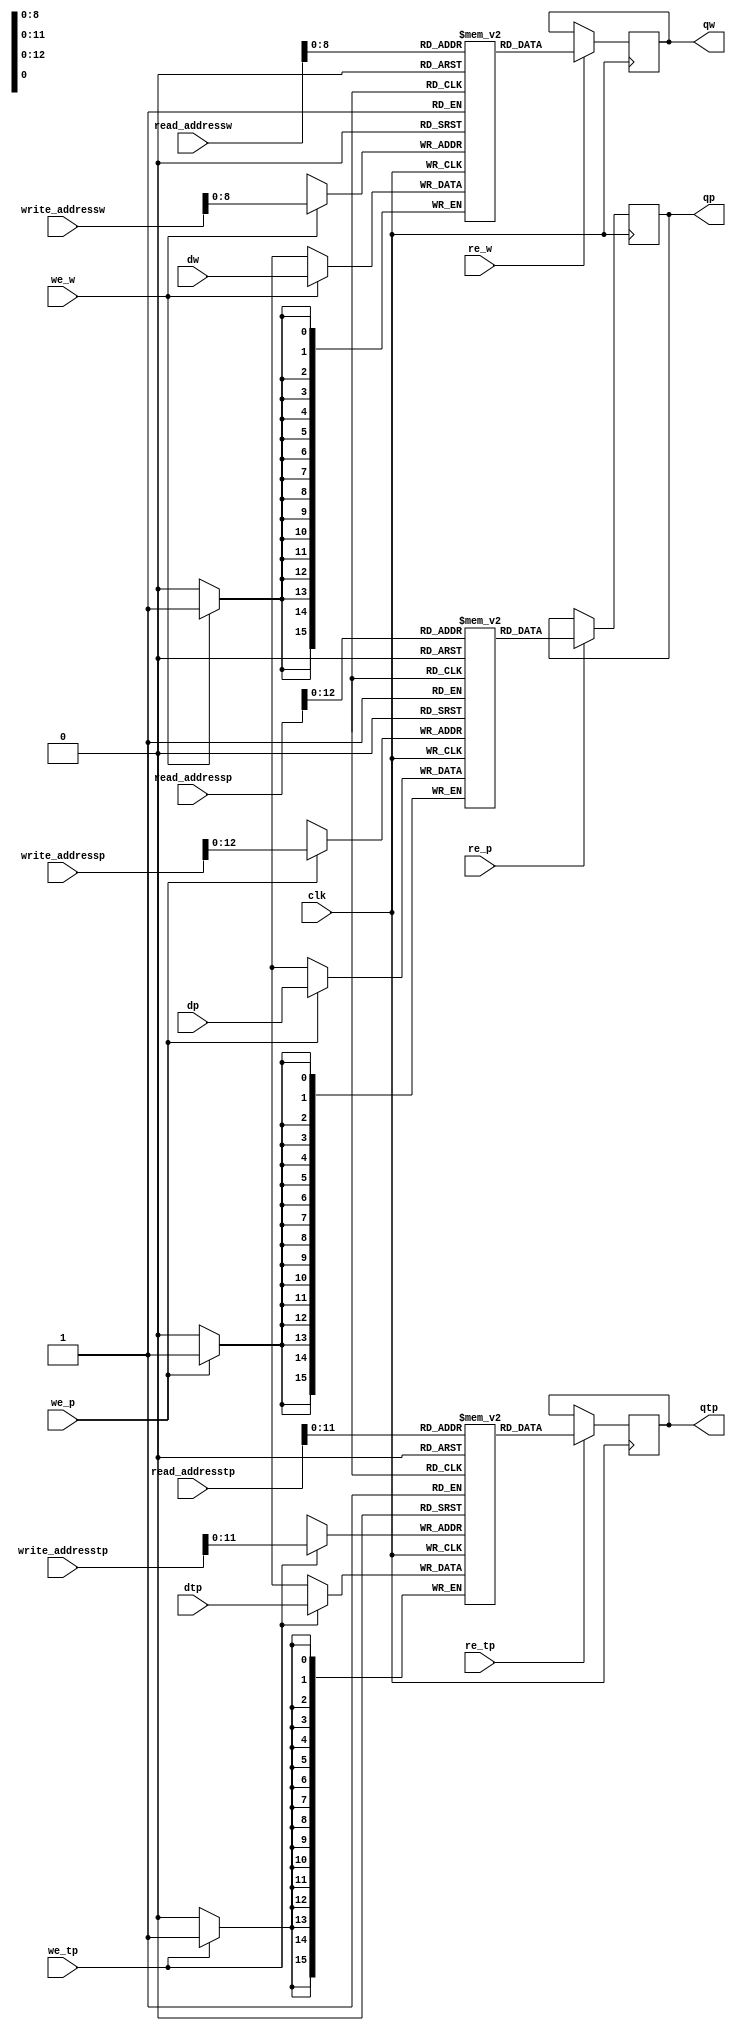
module RAM(qp,qtp,qw,dp,dtp,dw,write_addressp,read_addressp,write_addresstp
,read_addresstp,write_addressw,read_addressw,we_p,we_tp,we_w,re_p,re_tp,re_w,clk);
parameter picture_size=28;
parameter SIZE_1=16;
parameter SIZE_2=16;
parameter SIZE_4=16;
parameter SIZE_9=16;
parameter SIZE_address_pix=16;
parameter SIZE_address_pix_t=16;
parameter SIZE_address_wei=16;

output reg signed [SIZE_1-1:0] qp;       //read data
output reg signed [(SIZE_2)*1-1:0] qtp;       //read data
output reg signed [SIZE_9-1:0] qw;      //read weight
input signed [SIZE_1-1:0] dp;   //write data
input signed [(SIZE_2)*1-1:0] dtp;   //write data
input signed [SIZE_9-1:0] dw;   //write weight
input [SIZE_address_pix-1:0] write_addressp, read_addressp;
input [SIZE_address_pix_t-1:0] write_addresstp, read_addresstp;
input [SIZE_address_wei-1:0] write_addressw, read_addressw;
input we_p,we_tp,we_w,re_p,re_tp,re_w,clk;

reg signed [SIZE_1-1:0] mem [0:picture_size*picture_size*8+picture_size*picture_size-1];
reg signed [(SIZE_2)*1-1:0] mem_t [0:picture_size*picture_size*4-1];
reg signed [SIZE_9-1:0] weight [0:256];
always @ (posedge clk)
    begin
        if (we_p) mem[write_addressp] <= dp;
		if (we_tp) mem_t[write_addresstp] <= dtp;
		if (we_w) weight[write_addressw] <= dw;
    end
always @ (posedge clk)
    begin
        if (re_p) qp <= mem[read_addressp];
		if (re_tp) qtp <= mem_t[read_addresstp];
        if (re_w) qw <= weight[read_addressw];
    end
endmodule